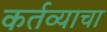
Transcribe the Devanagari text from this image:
कर्तव्याचा